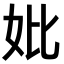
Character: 妣